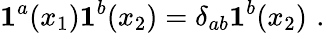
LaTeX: {\mathbf 1}^{a}(x_{1}){\mathbf 1}^{b}(x_{2})=\delta_{ab}{\mathbf 1}^{b}(x_{2})\, \, .